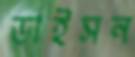
ডাইসন